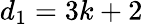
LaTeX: d_{1}=3k+2